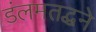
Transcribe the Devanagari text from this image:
डंलमतद्धने